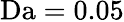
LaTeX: \mathrm{Da}=0.05